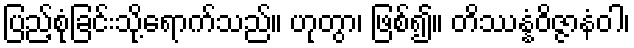
ပြည့်စုံခြင်းသို့ရောက်သည်။ ဟုတွာ၊ ဖြစ်၍။ တိဿန္နံဝိဇ္ဇာနံဝါ၊